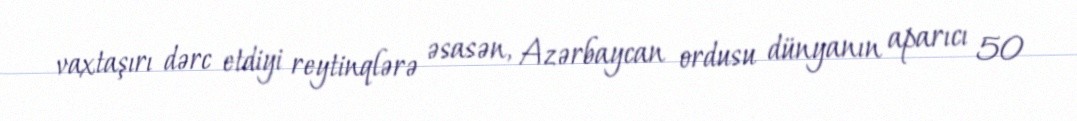
vaxtaşırı dərc etdiyi reytinqlərə əsasən, Azərbaycan ordusu dünyanın aparıcı 50